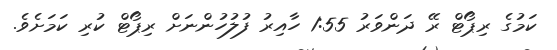
ކަމުގެ ރިޕޯޓް ރޭ ދަންވަރު 1:55 ހާއިރު ފުލުހުންނަށް ރިޕޯޓް ކުރި ކަމަށެވެ.